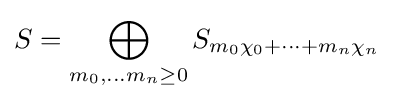
S=\bigoplus _{m_{0},\dots m_{n}\geq 0}S_{m_{0}\chi _{0}+\dots +m_{n}\chi _{n}}